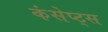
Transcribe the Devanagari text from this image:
कंसेप्ट्स